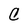
Character: C